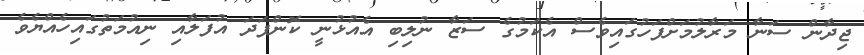
ޖިދާން ސަނާ މަރާލުމަށްފަހުގައިވެސް އެކަމުގެ ސަޒާ ނުލިބި އެއުޅުނީ ކޮންފަދަ އުފަލާއި ނިއުމަތުގައިހެއްޔެވެ